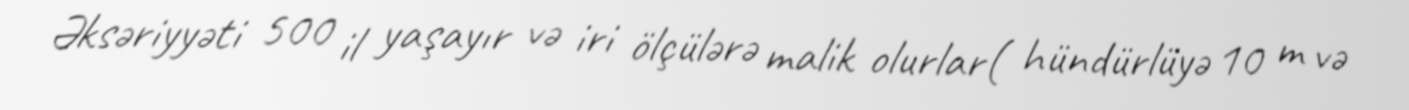
Əksəriyyəti 500 il yaşayır və iri ölçülərə malik olurlar( hündürlüyə 10 m və